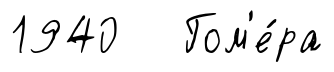
1940 Гом'е́ра